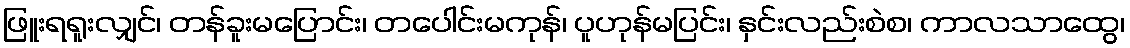
ဖြူးရရူးလျှင်၊ တန်ခူးမပြောင်း၊ တပေါင်းမကုန်၊ ပူဟုန်မပြင်း၊ နှင်းလည်းစဲစ၊ ကာလသာထွေ၊